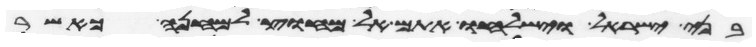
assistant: בני ישראל וישלחו אתם אל מחוץ למחנה כאשר